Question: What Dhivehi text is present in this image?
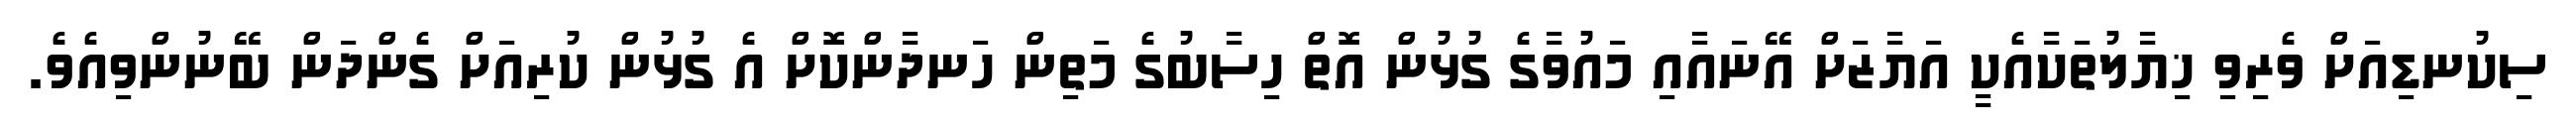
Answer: ސިކުނޑިއަށް ވެރިވި ޚިޔާލުތަކާއެކީ އަޔާޒަށް އޭނައާއި މައުވާގެ ގުޅުން އޮތް ހިސާބުގެ މަތިން ހަނދާންކޮށް އެ ގުޅުން ކުރިއަށް ގެންދަން ބޭނުންވިއެވެ.